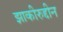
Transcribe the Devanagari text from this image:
झाकीरुद्दीन